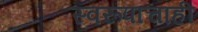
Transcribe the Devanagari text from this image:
स्वरूपाचाही